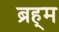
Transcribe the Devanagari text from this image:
ब्रह्‌म